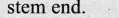
stem end.